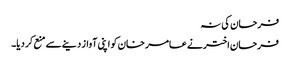
فرحان کی نہ
فرحان اختر نے عامر خان کو اپنی آواز دینے سے منع کر دیا۔